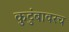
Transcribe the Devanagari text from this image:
कुटुंबावरच